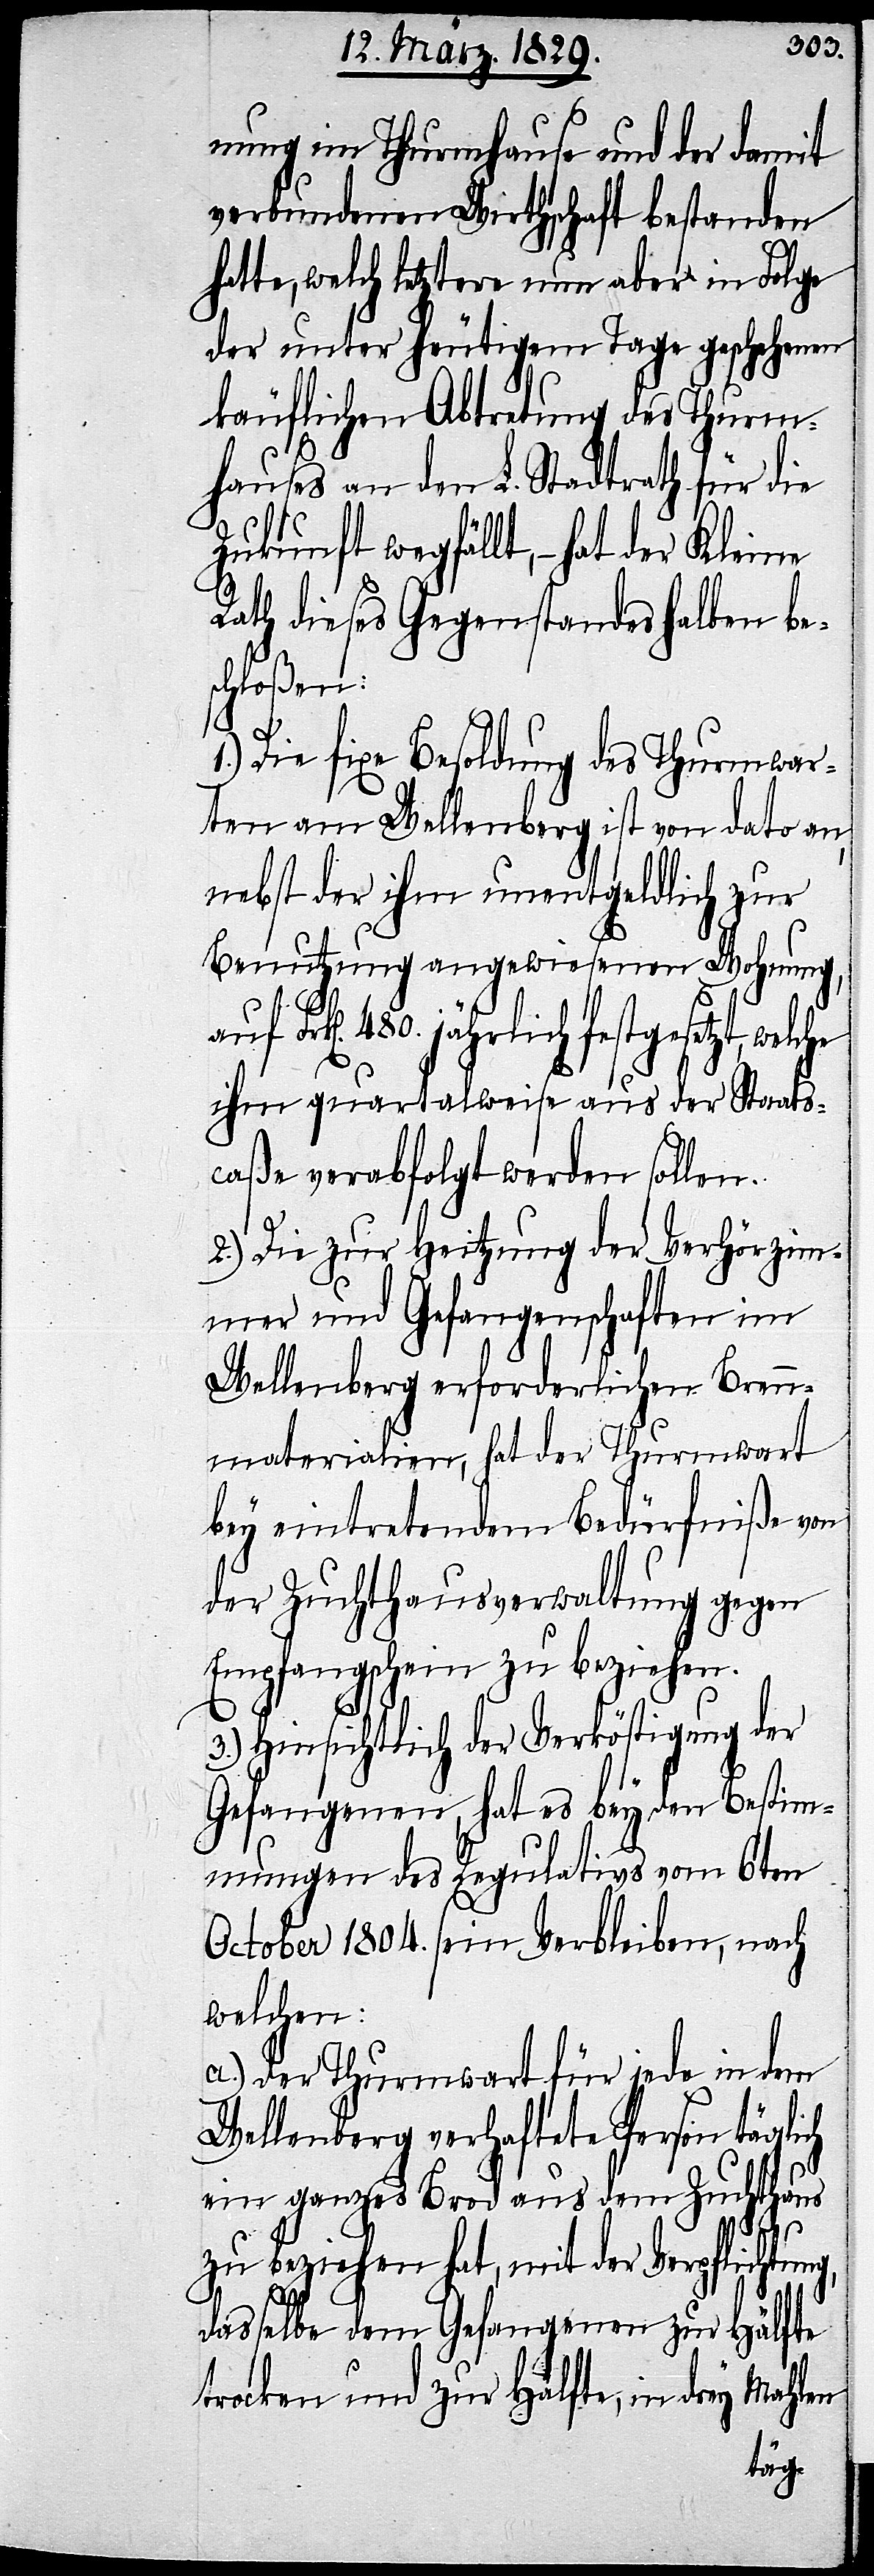
nung im Thurmhause und der damit
verbundenen Wirthschaft bestanden
te, welch letztere nun aber in Folge
der unter heutigem Tage geschehenen
käuflichen Abtretung des Thurm¬
hauses an den L. Stadtrath für die
Zukunft wegfällt,– hat der Kleine
Rath dieses Gegenstandes halben be¬
schloßen:
1.) Die fixe Besoldung des Thurmwar¬
ten am Wellenberg ist von dato an,
nebst der ihm unentgeldlich zur
Benutzung angewiesenen Wohnung,
480. jährlich festgesetzt,
ihm quartalweise aus der Staats¬
caße verabfolgt werden sollen.
2.) Die zur Heitzung der Verhörzim¬
mer und Gefangenschaften im
Wellenberg erforderlichen Bren¬
nmaterialien, hat der Thurmwart
bey eintretendem Bedürfniße von
der Zuchthausverwaltung gegen
Empfangschein zu beziehen.
3.) Hinsichtlich der Verköstigung der
Gefangenen, hat es bey den Bestim¬
mungen des Regulativs vom 6ten
October 1804. sein Verbleiben, nach
welchen:
a.) Der Thurmwart für jede in dem
Wellenberg verhaftete Person täglich
ein ganzes Brod aus dem Zuchthaus
zu beziehen hat, mit der Verpflichtung,
hat¬
dasselbe dem Gefangenen zur Häl¬
fte
trocken und zur Hälfte, in drey Mahlen